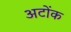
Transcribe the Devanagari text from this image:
अटोंक